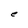
Character: e